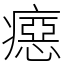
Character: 癋